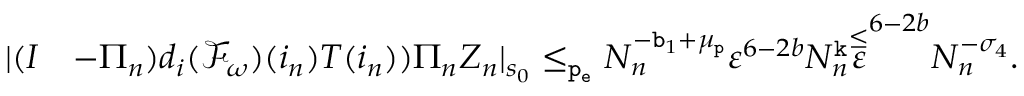
\begin{array} { r l } { | ( I } & { - \Pi _ { n } ) d _ { i } ( \mathcal { F } _ { \omega } ) ( i _ { n } ) T ( i _ { n } ) ) \Pi _ { n } Z _ { n } | _ { s _ { 0 } } \le _ { \mathtt { p _ { e } } } N _ { n } ^ { - \mathtt { b } _ { 1 } + \mu _ { \mathtt { p } } } \varepsilon ^ { 6 - 2 b } N _ { n } ^ { \mathtt { k } } \overset \le \varepsilon ^ { 6 - 2 b } N _ { n } ^ { - \sigma _ { 4 } } . } \end{array}